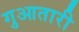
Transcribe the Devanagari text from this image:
गुआतारी